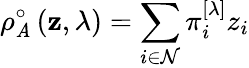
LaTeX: \rho_{\mathit{A}}^{\circ}\left(\mathbf{{z}},\lambda\right)=\sum_{i\in\mathcal{{N}}}\pi_{i}^{\left[\lambda\right]}z_{i}